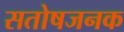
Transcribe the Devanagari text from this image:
सतोषजनक